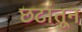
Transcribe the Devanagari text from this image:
छटांतून